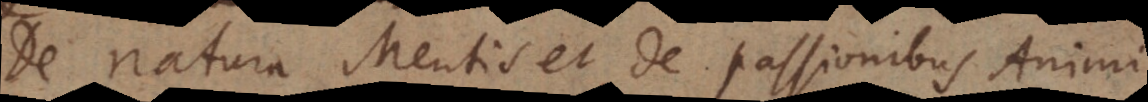
De natura Mentis et de passionibus Animi.